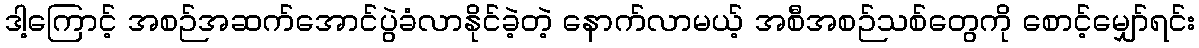
ဒါ့ကြောင့် အစဉ်အဆက်အောင်ပွဲခံလာနိုင်ခဲ့တဲ့ နောက်လာမယ့် အစီအစဉ်သစ်တွေကို စောင့်မျှော်ရင်း